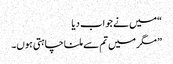
“میں نے جواب دیا
” مگر میں تم سے ملنا چاہتی ہوں۔